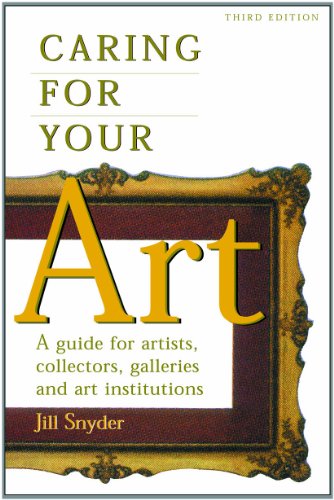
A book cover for Caring for Your Art: A Guide for Artists, Collectors, Galleries, and Art Institutions; Jill Snyder; Crafts, Hobbies & Home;